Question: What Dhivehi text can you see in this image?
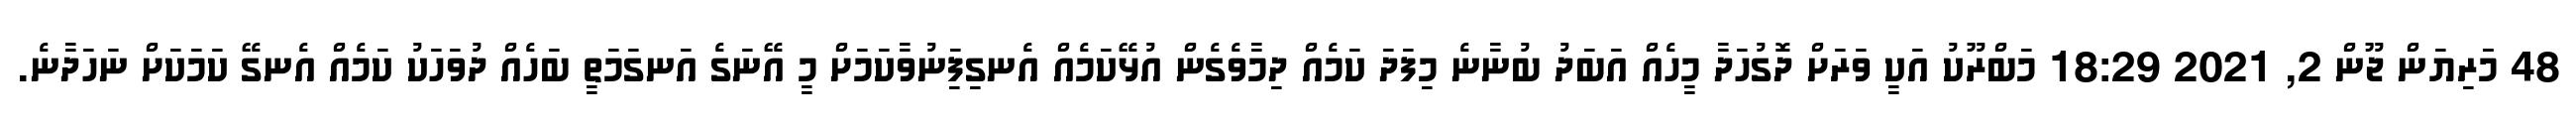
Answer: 48 މަަރިޔަން ޖޫން 2, 2021 18:29 މަބްރޫކު އަކީ ވަރަށް ދޮގުހަދާ މީހެއް އަބަދު ބުނާނެ މިފަދަ ކަމެއް ދިމާވެގެން އުޅޭކަމެއް އެނގިފަިނުވާކަމަށް މީ އޭނަގެ އަނގަމަތީ ބަހެއް ދުވަހަކު ކަމެއް އެނގޭ ކަމަކަށް ނަހަދާނެ.